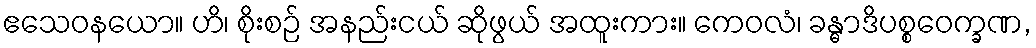
ဧသေဝနယော။ ဟိ၊ စိုးစဉ် အနည်းငယ် ဆိုဖွယ် အထူးကား။ ကေဝလံ၊ ခန္ဓာဒိပစ္စဝေက္ခဏ,